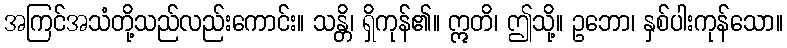
အကြင်အသံတို့သည်လည်းကောင်း။ သန္တိ၊ ရှိကုန်၏။ ဣတိ၊ ဤသို့။ ဥဘော၊ နှစ်ပါးကုန်သော။